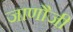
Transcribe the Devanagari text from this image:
जाणौजी